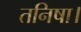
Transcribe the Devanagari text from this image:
तनिषा।